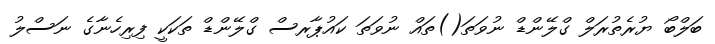
ބަލްބޯ ޔުރެތުރަލް ގްލޭންޑް ނުވަތަ()ތައް ނުވަތަ ކައުޕާރސް ގްލޭންޑް ތަކަކީ ފިރިހެނާގެ ނަސްލު